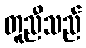
တူညီသည်